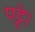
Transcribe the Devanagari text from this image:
पट्टे।